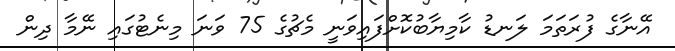
އޭނާގެ ފުރަތަމަ ލަނޑު ކާމިޔާބުކޮށްފައިވަނީ މެޗުގެ 75 ވަނަ މިނެޓުގައި ނޭމާ ދިން